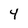
Character: 4